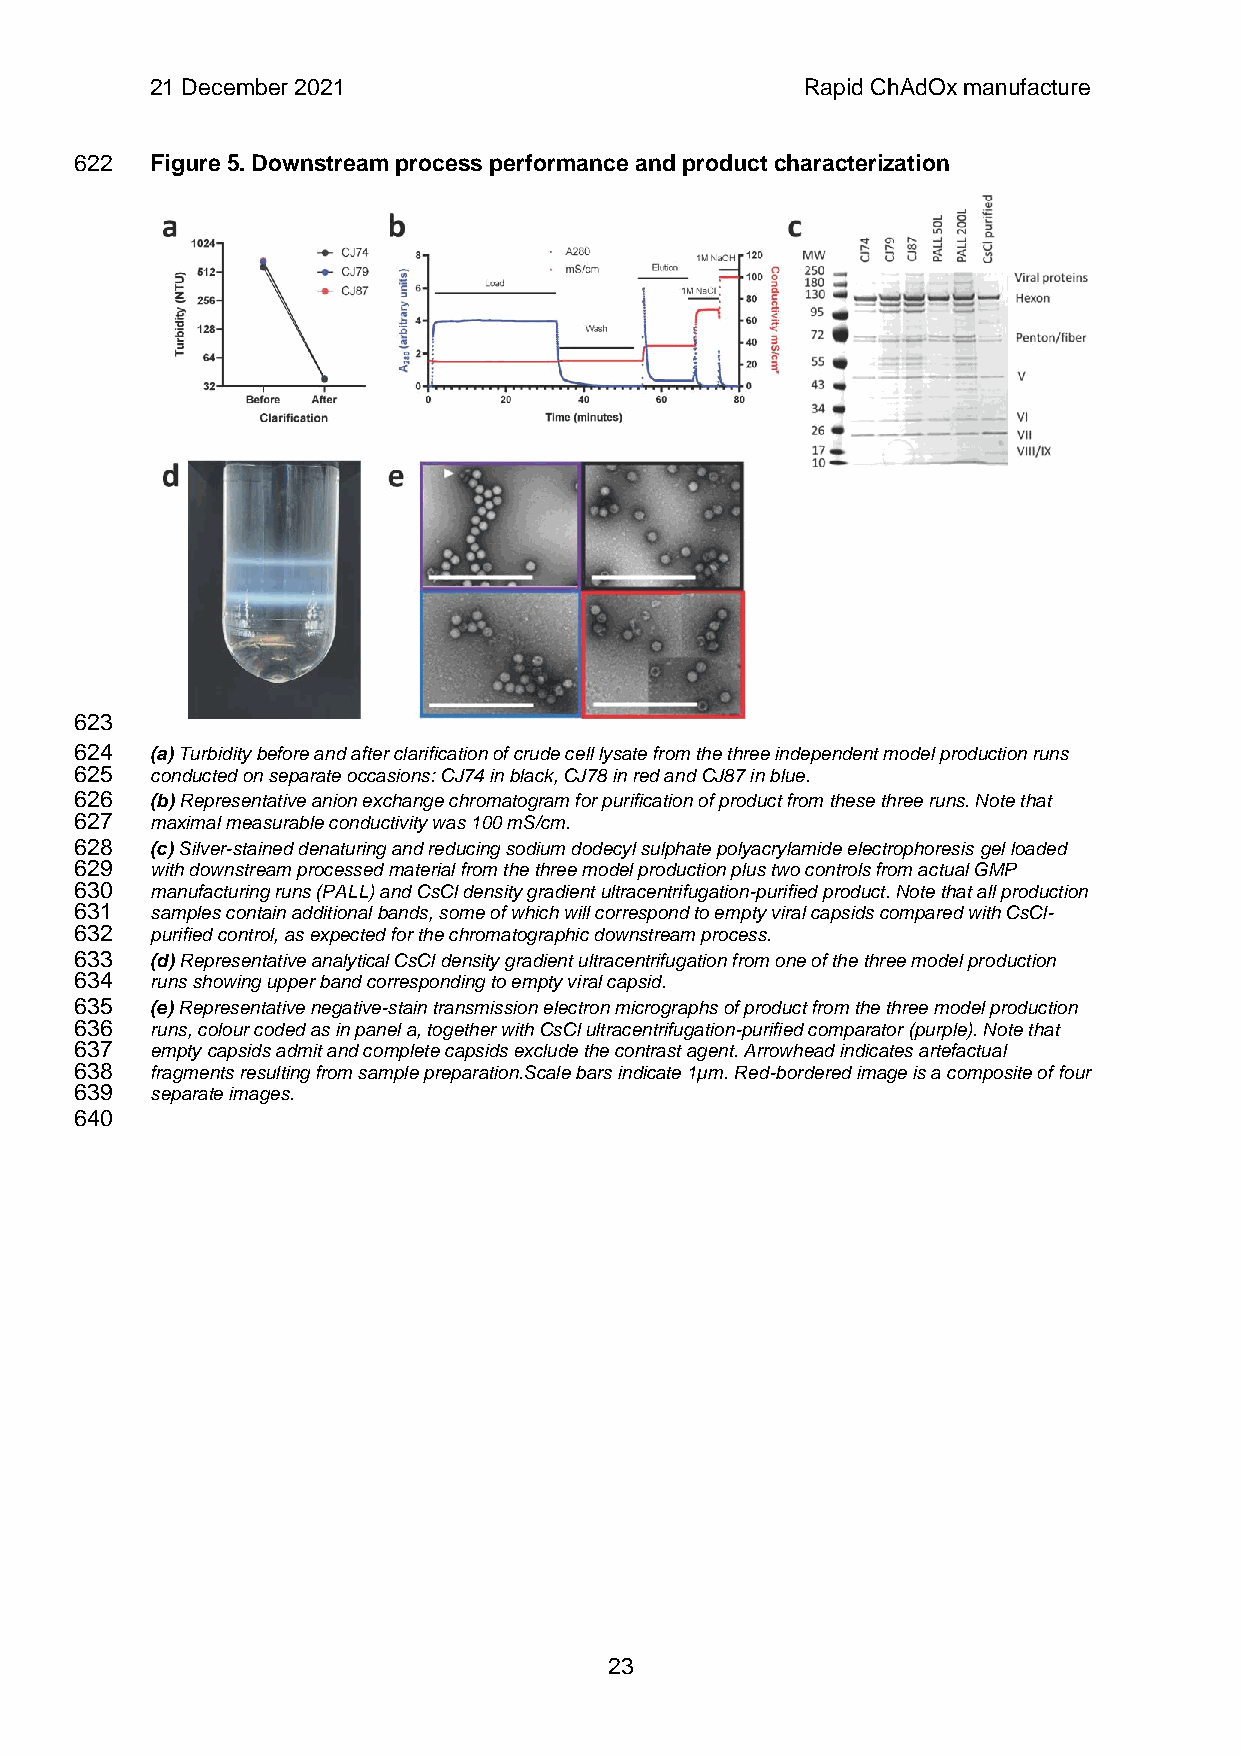
21 December 2021                           Rapid ChAdOx manufacture
 622  Figure 5. Downstream process performance and product characterization
 623
 624  (a) Turbidity before and after clarification of crude cell lysate from the three independent model production runs
 625  conducted on separate occasions: CJ74 in black, CJ78 in red and CJ87 in blue.
 626  (b) Representative anion exchange chromatogram for purification of product from these three runs. Note that
 627  maximal measurable conductivity was 100 mS/cm.
 628  (c) Silver-stained denaturing and reducing sodium dodecyl sulphate polyacrylamide electrophoresis gel loaded
 629  with downstream processed material from the three model production plus two controls from actual GMP
 630  manufacturing runs (PALL) and CsCl density gradient ultracentrifugation-purified product. Note that all production
 631  samples contain additional bands, some of which will correspond to empty viral capsids compared with CsCl-
 632  purified control, as expected for the chromatographic downstream process.
 633  (d) Representative analytical CsCl density gradient ultracentrifugation from one of the three model production
 634  runs showing upper band corresponding to empty viral capsid.
 635  (e) Representative negative-stain transmission electron micrographs of product from the three model production
 636  runs, colour coded as in panel a, together with CsCl ultracentrifugation-purified comparator (purple). Note that
 637  empty capsids admit and complete capsids exclude the contrast agent. Arrowhead indicates artefactual
 638  fragments resulting from sample preparation.Scale bars indicate 1µm. Red-bordered image is a composite of four
 639  separate images.
 640
 23